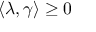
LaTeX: \langle \lambda , \gamma \rangle \geq 0